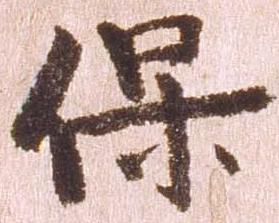
保